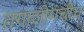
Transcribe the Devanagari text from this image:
तगालोगचीच